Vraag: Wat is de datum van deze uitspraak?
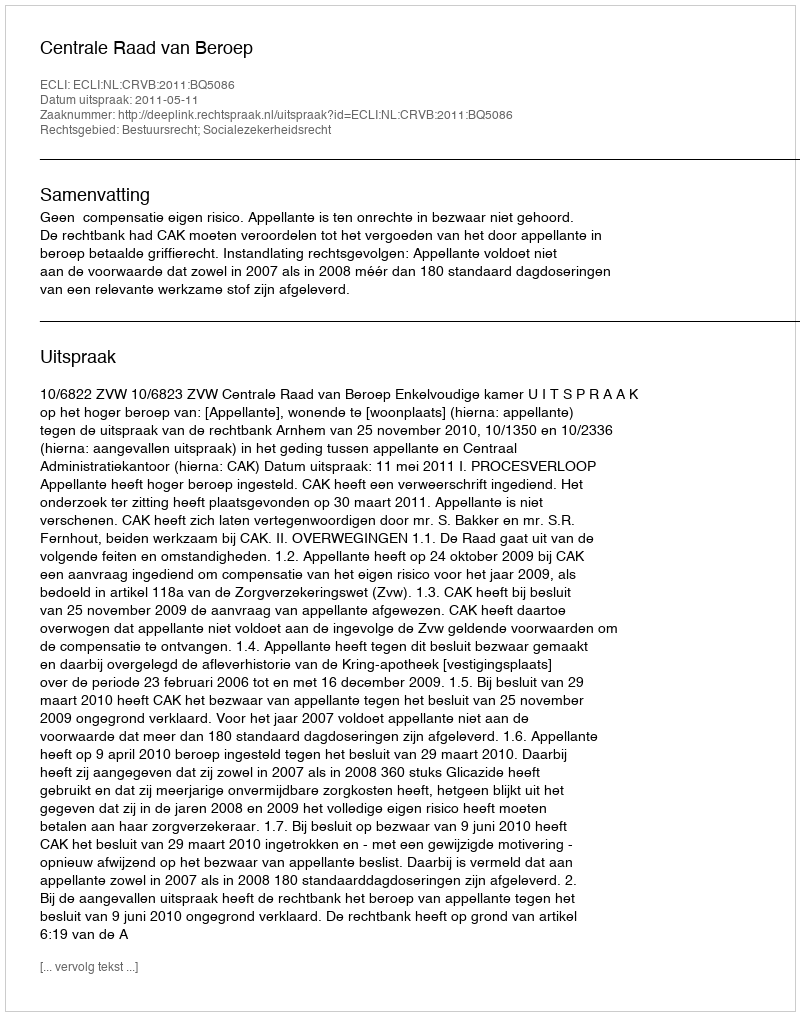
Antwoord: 2011-05-11